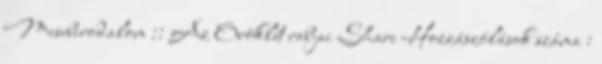
Mesebirodalom :: Az Öröklét rabjai Share Hozzászólások száma :